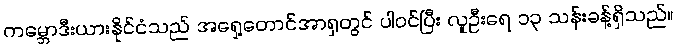
ကမ္ဘောဒီးယားနိုင်ငံသည် အရှေ့တောင်အာရှတွင် ပါဝင်ပြီး လူဦးရေ ၁၃ သန်းခန့်ရှိသည်။